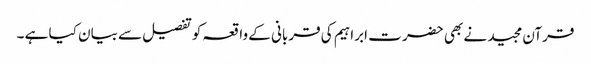
قرآن مجید نے بھی حضر ت ابراہیم کی قربانی کے واقعہ کوتفصیل سے بیان کیا ہے ۔